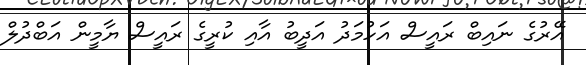
އޭރުގެ ނައިބް ރައީސް އަހުމަދު އަދީބު އާއި ކުރީގެ ރައީސް ޔާމީން އަބްދުލް